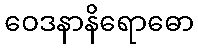
ဝေဒနာနိရောဓော